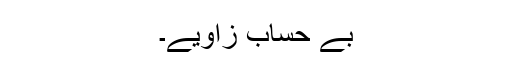
بے حساب زاویے۔